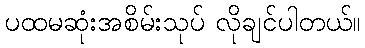
ပထမဆုံးအစိမ်းသုပ် လိုချင်ပါတယ်။